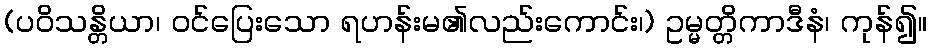
(ပဝိသန္တိယာ၊ ဝင်ပြေးသော ရဟန်းမ၏လည်းကောင်း၊) ဥမ္မတ္တိကာဒီနံ၊ ကုန်၍။